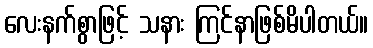
လေးနက်စွာဖြင့် သနား ကြင်နာဖြစ်မိပါတယ်။